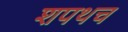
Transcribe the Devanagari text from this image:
शपथच